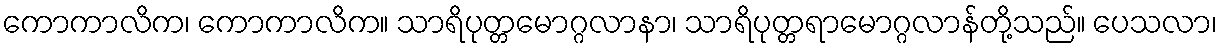
ကောကာလိက၊ ကောကာလိက။ သာရိပုတ္တမောဂ္ဂလာနာ၊ သာရိပုတ္တရာမောဂ္ဂလာန်တို့သည်။ ပေသလာ၊